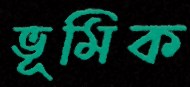
ভূমিক